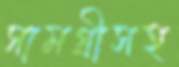
সামগ্রীসহ